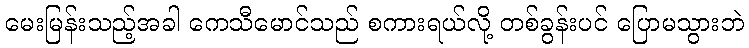
မေးမြန်းသည့်အခါ ကေသီမောင်သည် စကားရယ်လို့ တစ်ခွန်းပင် ပြောမသွားဘဲ